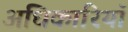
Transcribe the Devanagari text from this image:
अधिकारियॉ